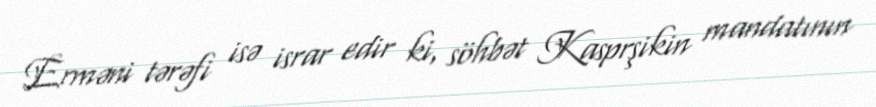
Erməni tərəfi isə israr edir ki, söhbət Kasprşikin mandatının